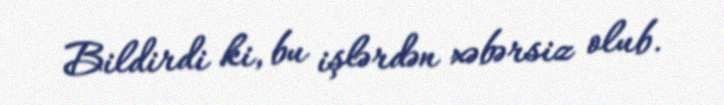
Bildirdi ki, bu işlərdən xəbərsiz olub.